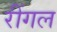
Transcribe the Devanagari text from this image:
रींगल